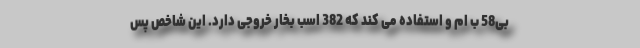
بی58 ب ام و استفاده می کند که 382 اسب بخار خروجی دارد. این شاخص پس